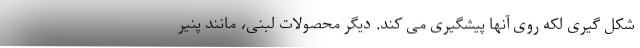
شکل گیری لکه روی آنها پیشگیری می کند. دیگر محصولات لبنی، مانند پنیر